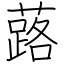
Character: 蕗